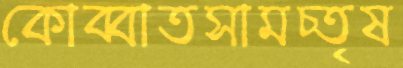
কোব্বাতসামচ্তৃষ